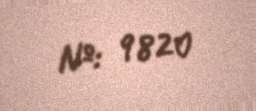
№: 9820